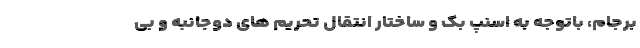
برجام، باتوجه به اسنپ‌ بک و ساختار انتقال تحریم ‌های دوجانبه و بی